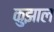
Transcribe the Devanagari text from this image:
कुझाल